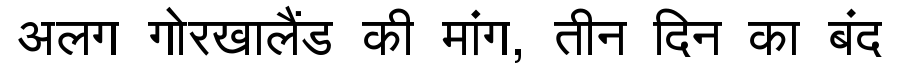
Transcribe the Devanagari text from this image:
अलग गोरखालैंड की मांग, तीन दिन का बंद